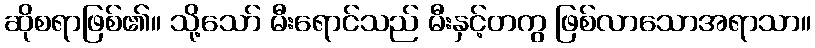
ဆိုစရာဖြစ်၏။ သို့သော် မီးရောင်သည် မီးနှင့်တကွ ဖြစ်လာသောအရာသာ။